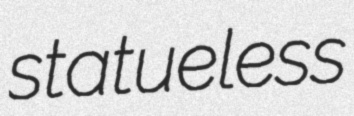
statueless